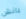
بانش